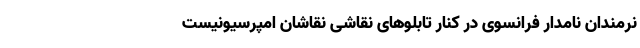
نرمندان نامدار فرانسوی در کنار تابلوهای نقاشی نقاشان امپرسیونیست